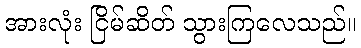
အားလုံး ငြိမ်ဆိတ် သွားကြလေသည်။